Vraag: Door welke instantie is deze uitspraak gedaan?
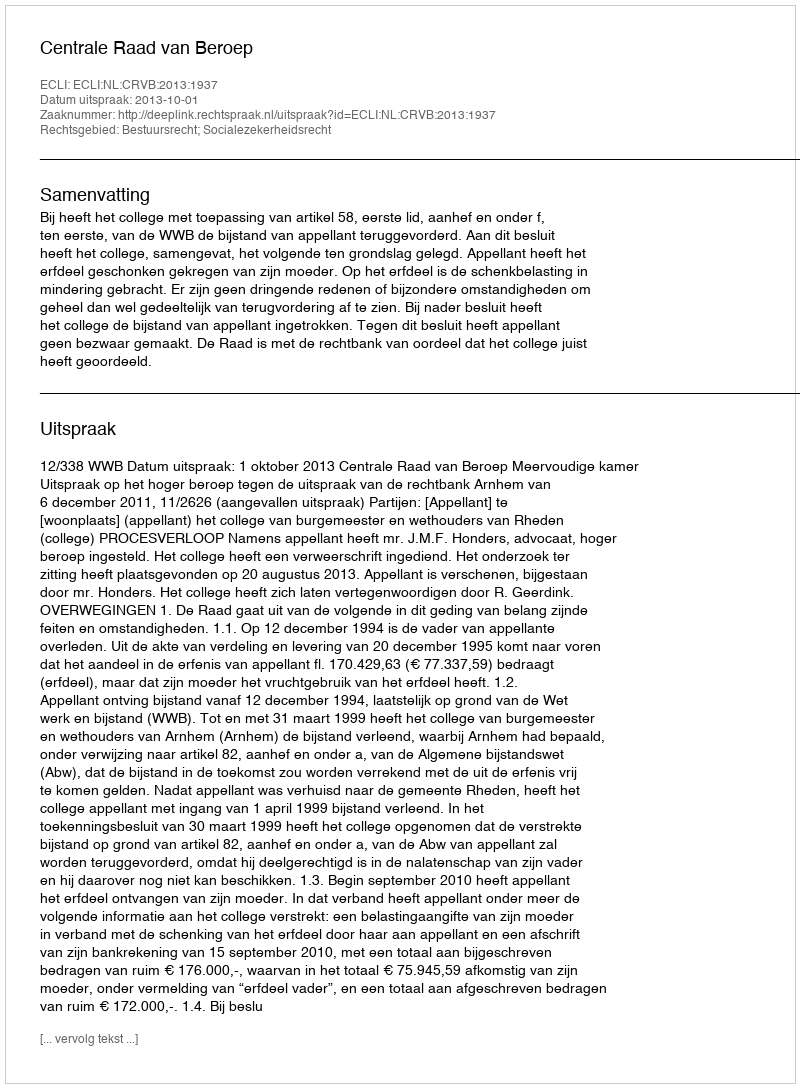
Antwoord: Centrale Raad van Beroep